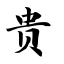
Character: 贵